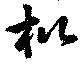
枇